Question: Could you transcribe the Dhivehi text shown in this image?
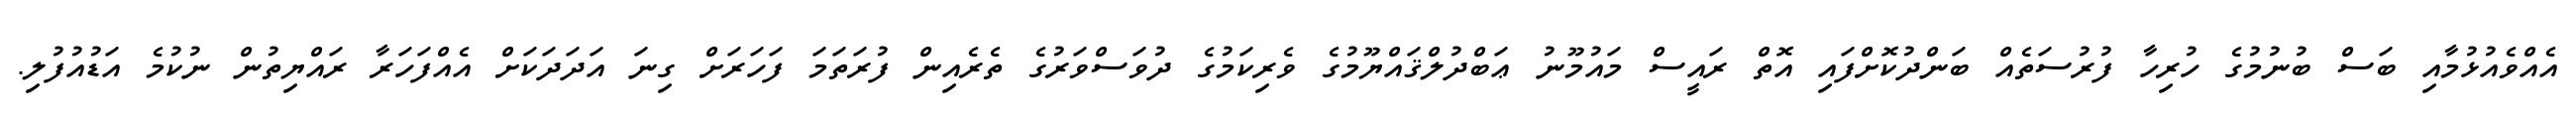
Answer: އެއްވެއުޅުމާއި ބަސް ބުނުމުގެ ހުރިހާ ފުރުސަތެއް ބަންދުކޮށްފައި އޮތް ރައީސް މައުމޫނު ޢަބްދުލްޤައްޔޫމުގެ ވެރިކަމުގެ ދުވަސްވަރުގެ ތެރެއިން ފުރަތަމަ ފަހަރަށް ގިނަ އަދަދަކަށް އެއްފަހަރާ ރައްޔިތުން ނުކުމެ އަޑުއުފުލި.